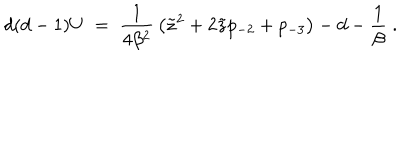
d ( d - 1 ) U \; = \; { \frac { 1 } { 4 \beta ^ { 2 } } } \left( \tilde { z } ^ { 2 } + 2 \tilde { z } p _ { - 2 } + p _ { - 3 } \right) - d - { \frac { 1 } { \beta } } \; .